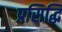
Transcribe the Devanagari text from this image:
प्रसिद्घि